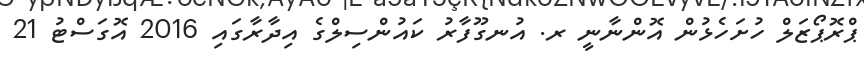
ޕްރޮޕޯޒަލް ހުށަހެޅުން އޮންނާނީ ރ. އުނގޫފާރު ކައުންސިލްގެ އިދާރާގައި 2016 އޮގަސްޓު 21